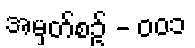
အမှတ်စဥ် - ၀၀၁